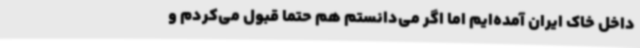
داخل خاک ایران آمده‌ایم اما اگر می‌دانستم هم حتماً قبول می‌کردم و